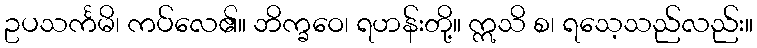
ဥပသင်္ကမိ၊ ကပ်လေ၏။ ဘိက္ခဝေ၊ ရဟန်းတို့။ ဣသိ စ၊ ရသေ့သည်လည်း။